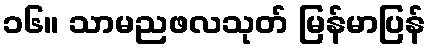
၁၆။ သာမညဖလသုတ် မြန်မာပြန်